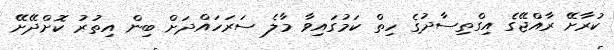
ކުރާށޭ ރާއްޖޭގެ އިގްތިސާދުގެ ހިތް ކަމުގައިވާ މާލެ ސަރަހައްދަށް ބިން އިތުރު ކޮށްދޭށޭ